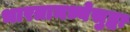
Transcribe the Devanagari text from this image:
भारतामध्येसुद्धा